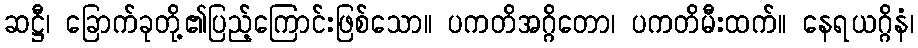
ဆဋ္ဌီ၊ ခြောက်ခုတို့၏ပြည့်ကြောင်းဖြစ်သော။ ပကတိအဂ္ဂိတော၊ ပကတိမီးထက်။ နေရယဂ္ဂိနံ၊